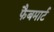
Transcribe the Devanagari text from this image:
फैबमार्ट